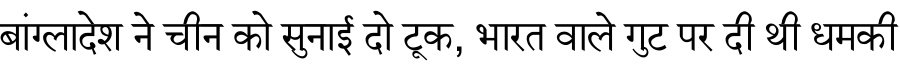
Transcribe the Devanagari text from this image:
बांग्लादेश ने चीन को सुनाई दो टूक, भारत वाले गुट पर दी थी धमकी